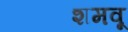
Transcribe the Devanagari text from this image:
शमवू